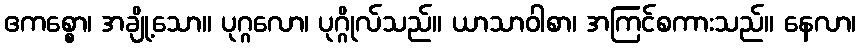
ဧကစ္စော၊ အချို့သော။ ပုဂ္ဂလော၊ ပုဂ္ဂိုလ်သည်။ ယာသာဝါစာ၊ အကြင်စကားသည်။ နေလာ၊